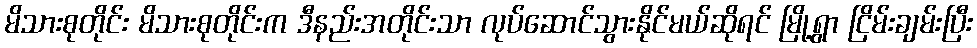
မိသားစုတိုင်း မိသားစုတိုင်းက ဒီနည်းအတိုင်းသာ လုပ်ဆောင်သွားနိုင်မယ်ဆိုရင် မြို့ရွာ ငြိမ်းချမ်းပြီး